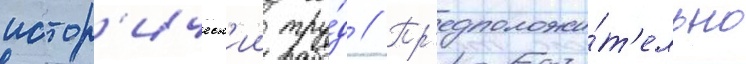
истор'ическ'ии тру́д // Пр'едположи́т'ельно